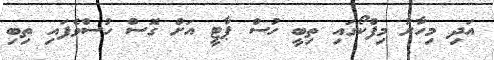
އަދި މިހާރު މިފްކޯގައި ތިބީ ހުސް ޕާޓީ އަށް ގޮސް ހުސްވެފައި ތިބި